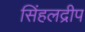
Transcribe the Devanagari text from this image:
सिंहलद्रीप